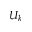
U _ { k }